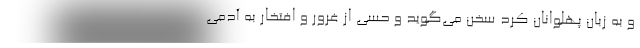
و به زبان پهلوانان کُرد سخن می‌گوید و حسی از غرور و افتخار به آدمی